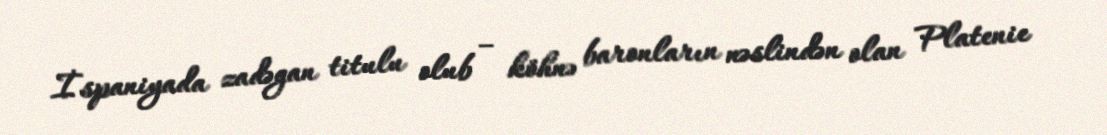
İspaniyada zadəgan titulu olub – köhnə baronların nəslindən olan Platenie